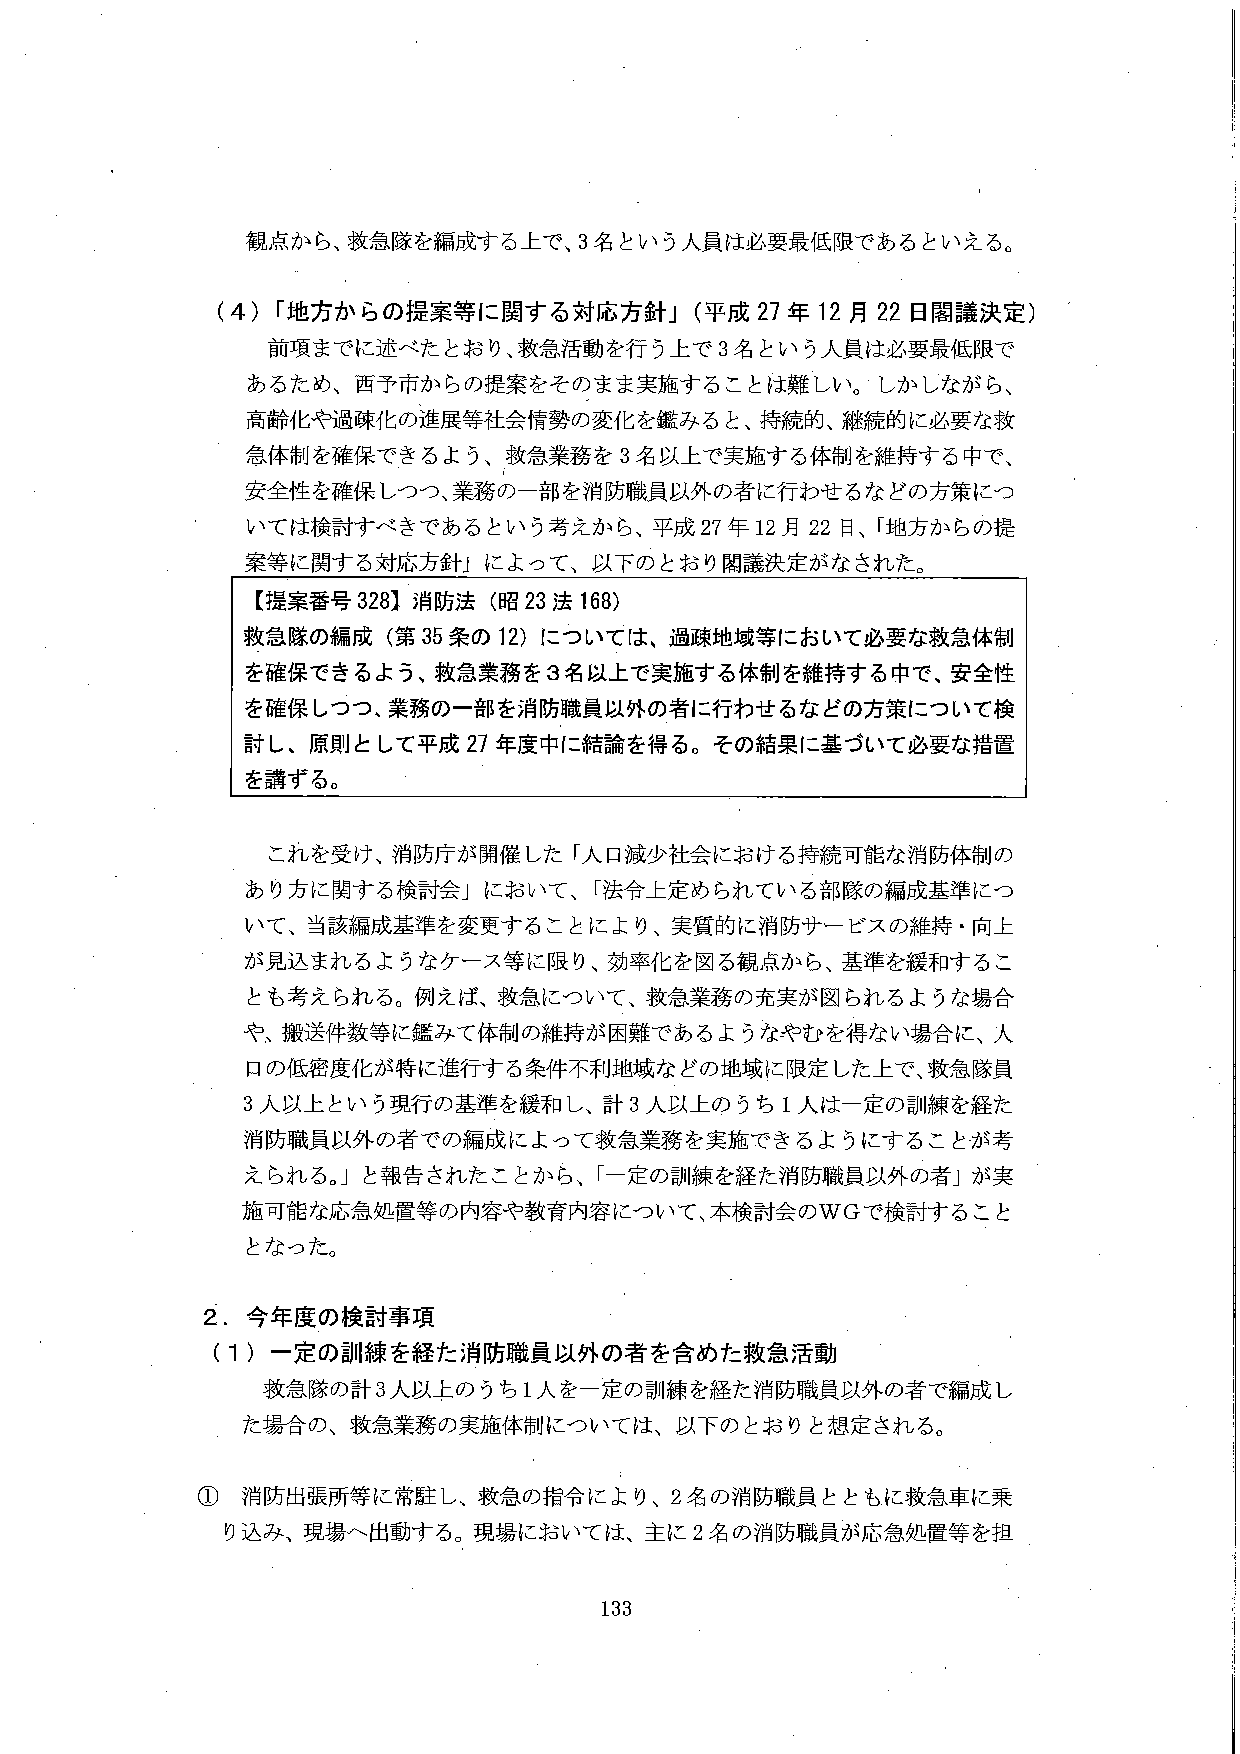
観点から、救急隊を編成する上で、3名という人員は必要最低限であるといえる。

（4）「地方からの提案等に関する対応方針」（平成27年12月22日閣議決定）
前項までに述べたとおり、救急活動を行う上で3名という人員は必要最低限であるため、西予市からの提案をそのまま実施することは難しい。しかしながら、高齢化や過疎化の進展等社会情勢の変化を鑑みると、持続的、継続的に必要な救急体制を確保できるよう、救急業務を3名以上で実施する体制を維持する中で、安全性を確保しつつ、業務の一部を消防職員以外の者に行わせるなどの方策については検討すべきであるという考えから、平成27年12月22日、「地方からの提案等に関する対応方針」によって、以下のとおり閣議決定がなされた。

【提案番号328】消防法（昭23法168）
救急隊の編成（第35条の12）については、過疎地域等において必要な救急体制を確保できるよう、救急業務を3名以上で実施する体制を維持する中で、安全性を確保しつつ、業務の一部を消防職員以外の者に行わせるなどの方策について検討し、原則として平成27年度中に結論を得る。その結果に基づいて必要な措置を講ずる。

これを受けて、消防庁が開催した「人口減少社会における持続可能な消防体制のあり方に関する検討会」において、「法令上定められている部隊の編成基準について、当該編成基準を変更することにより、実質的に消防サービスの維持・向上が見込まれるようなケース等に限り、効率化を図る観点から、基準を緩和することも考えられる。例えば、救急について、救急業務の充実が図られるような場合や、搬送件数等に鑑みて体制の維持が困難であるようなやむを得ない場合に、人口の低密度化が特に進行する条件不利地域などの地域に限定した上で、救急隊員3人以上という現行の基準を緩和し、計3人以上のうち1人は一定の訓練を経た消防職員以外の者での編成によって救急業務を実施できるようにすることが考えられる。」と報告されたことから、「一定の訓練を経た消防職員以外の者」が実施可能な応急処置等の内容や教育内容について、本検討会のWGで検討することとなった。

2．今年度の検討事項
（1）一定の訓練を経た消防職員以外の者を含めた救急活動
救急隊の計3人以上のうち1人を一定の訓練を経た消防職員以外の者で編成した場合の、救急業務の実施体制については、以下のとおりと想定される。

① 消防出張所等に常駐し、救急の指令により、2名の消防職員とともに救急車に乗り込み、現場へ出動する。現場においては、主に2名の消防職員が応急処置等を担

133